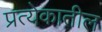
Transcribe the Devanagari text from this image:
प्रत्येकातील